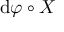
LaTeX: \operatorname { d } \! \varphi \circ X